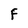
Character: F